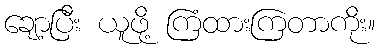
ချော့ပြီး ယူဖို့ ကြံထားကြတာကိုး။